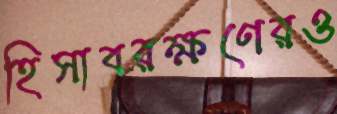
হিসাবরক্ষণেরও